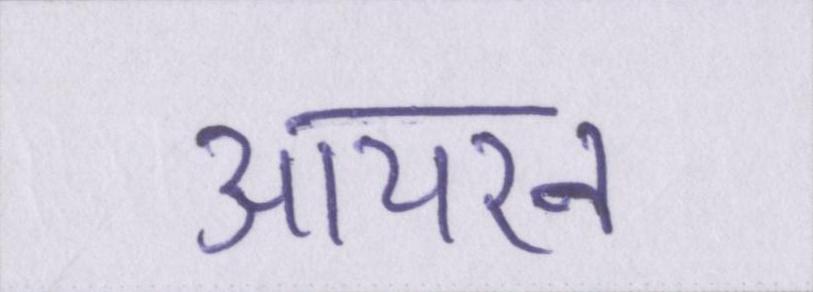
आयरन